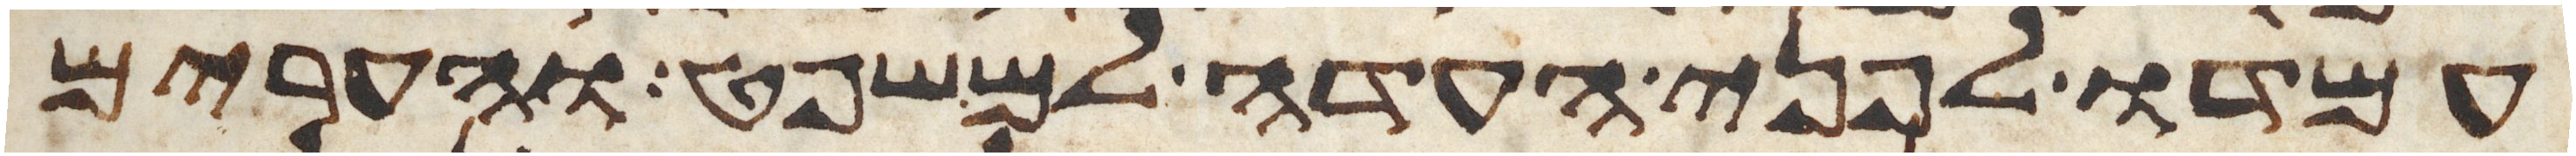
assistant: עמדו לפני העדה למשפט והערים